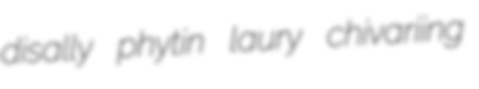
disally phytin laury chivariing